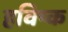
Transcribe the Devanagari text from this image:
हविष्क